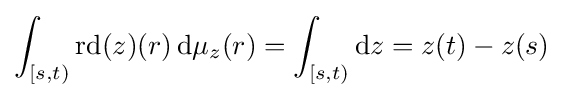
\int _{[s,t)}\mathrm {rd} (z)(r)\,\mathrm {d} \mu _{z}(r)=\int _{[s,t)}\mathrm {d} z=z(t)-z(s)